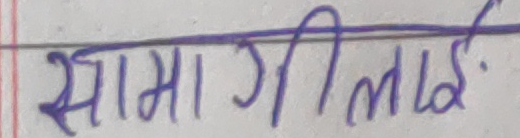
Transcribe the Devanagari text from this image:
सामग्रीलाई.